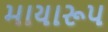
માયારૂપ